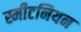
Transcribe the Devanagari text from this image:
स्मीटनियन